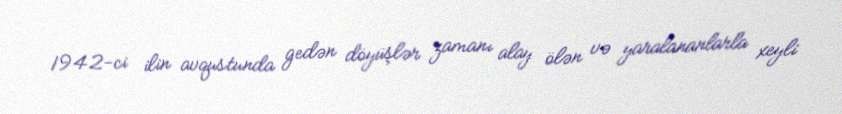
1942-ci ilin avqustunda gedən döyüşlər zamanı alay ölən və yaralananlarla xeyli